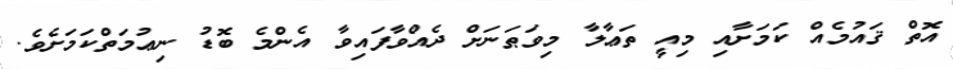
އޮތް ޤައުމެއް ކަމަށާއި މިއީ ތަޢާލާ މިވަޠަނަށް ދެއްވާފައިވާ އެންމެ ބޮޑު ނިޢުމަތްކަމަށެވެ.